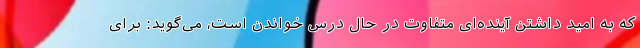
که به امید داشتن آینده‌ای متفاوت در حال درس خواندن است، می‌گوید: برای